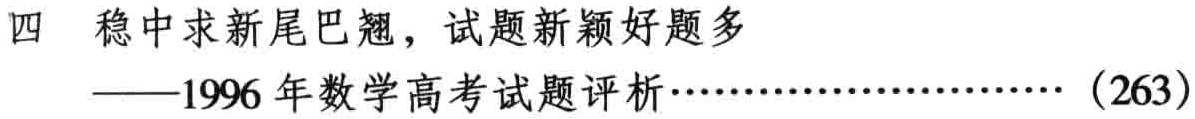
四 稳中求新尾巴翘，试题新颖好题多

——1996 年数学高考试题评析……………………（263）